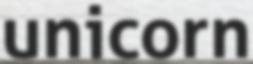
unicorn